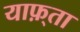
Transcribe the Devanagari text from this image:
याफ़्ता